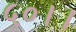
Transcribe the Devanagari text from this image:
५०।।